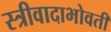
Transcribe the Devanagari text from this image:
स्त्रीवादाभोवती